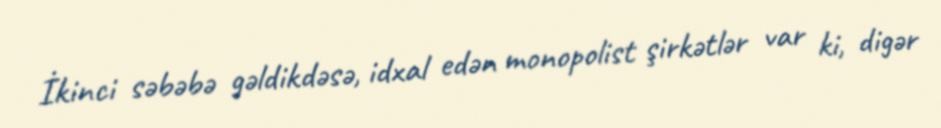
İkinci səbəbə gəldikdəsə, idxal edən monopolist şirkətlər var ki, digər